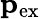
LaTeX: \mathbf{p}_{\mathrm{ex}}